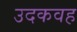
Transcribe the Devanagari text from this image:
उदकवह